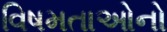
વિષમતાઓનો